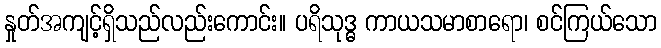
နှုတ်အကျင့်ရှိသည်လည်းကောင်း။ ပရိသုဒ္ဓ ကာယသမာစာရော၊ စင်ကြယ်သော